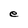
Character: e